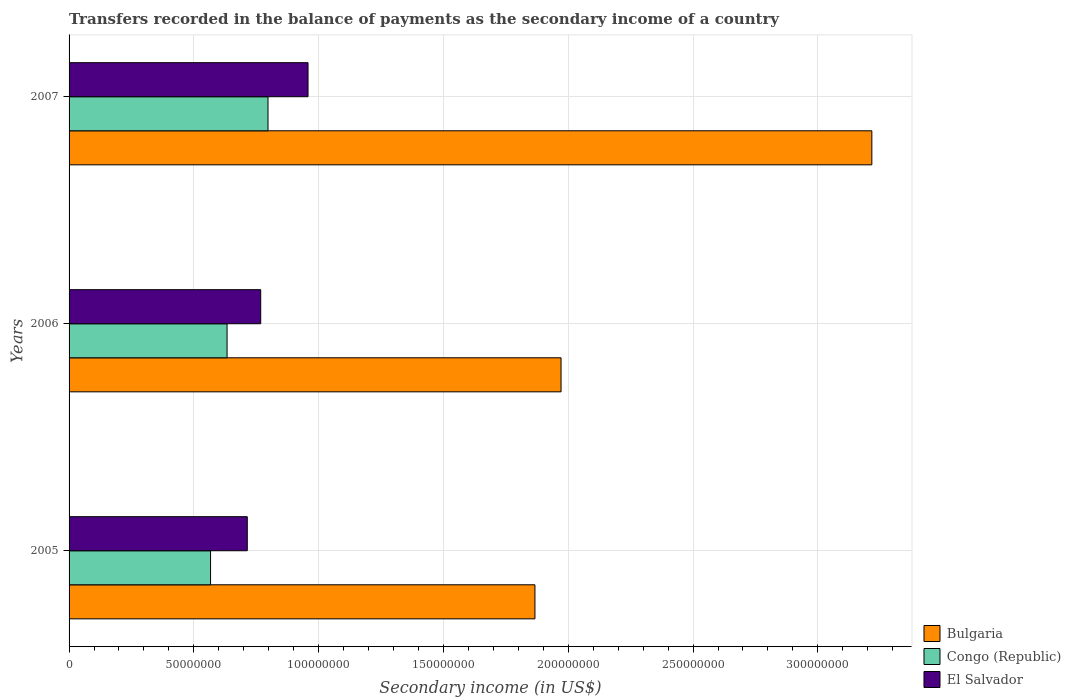
| Years | Bulgaria | Congo (Republic) | El Salvador |
 | --- | --- | --- | --- |
 | 2005 | 1.87e+08 | 5.67e+07 | 7.14e+07 |
 | 2006 | 1.97e+08 | 6.33e+07 | 7.68e+07 |
 | 2007 | 3.22e+08 | 7.97e+07 | 9.57e+07 |